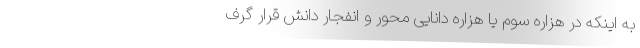
به اینکه در هزاره سوم یا هزاره دانایی محور و انفجار دانش قرار گرف